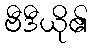
ဗီဒီယို၏